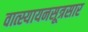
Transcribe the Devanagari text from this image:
वात्स्यायनसूत्रसार